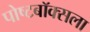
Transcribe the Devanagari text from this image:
पोष्टबॉक्सला